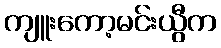
ကျူးကော့မင်းယွီက